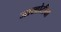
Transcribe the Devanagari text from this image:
जाखोटीया